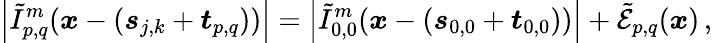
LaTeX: \left\vert\tilde{I}_{p,q}^{m}(\boldsymbol{x}-\left(\boldsymbol{s}_{j,k}+\boldsymbol{t}_{p,q}\right))\right\vert=\left\vert\tilde{I}_{0,0}^{m}(\boldsymbol{x}-\left(\boldsymbol{s}_{0,0}+\boldsymbol{t}_{0,0}\right))\right\vert+\tilde{\mathcal{E}}_{p,q}(\boldsymbol{x})\, ,